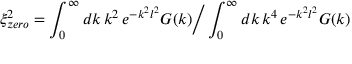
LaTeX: \xi _ { z e r o } ^ { 2 } = \int _ { 0 } ^ { \infty } d k \, k ^ { 2 } \, e ^ { - k ^ { 2 } l ^ { 2 } } G ( k ) \bigg / \int _ { 0 } ^ { \infty } d k \, k ^ { 4 } \, e ^ { - k ^ { 2 } l ^ { 2 } } G ( k )